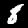
Label: 8